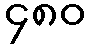
၄၈၀